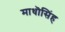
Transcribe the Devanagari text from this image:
माधॊसिंह